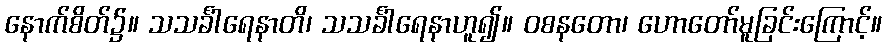
နောက်စိတ်၌။ သသင်္ခါရေနာတိ၊ သသင်္ခါရေနာဟူ၍။ ဝစနတော၊ ဟောတော်မူခြင်းကြောင့်။